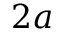
2 a